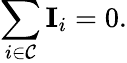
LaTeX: \sum_{i\in\mathcal{C}}\mathbf{I}_{i}=0.